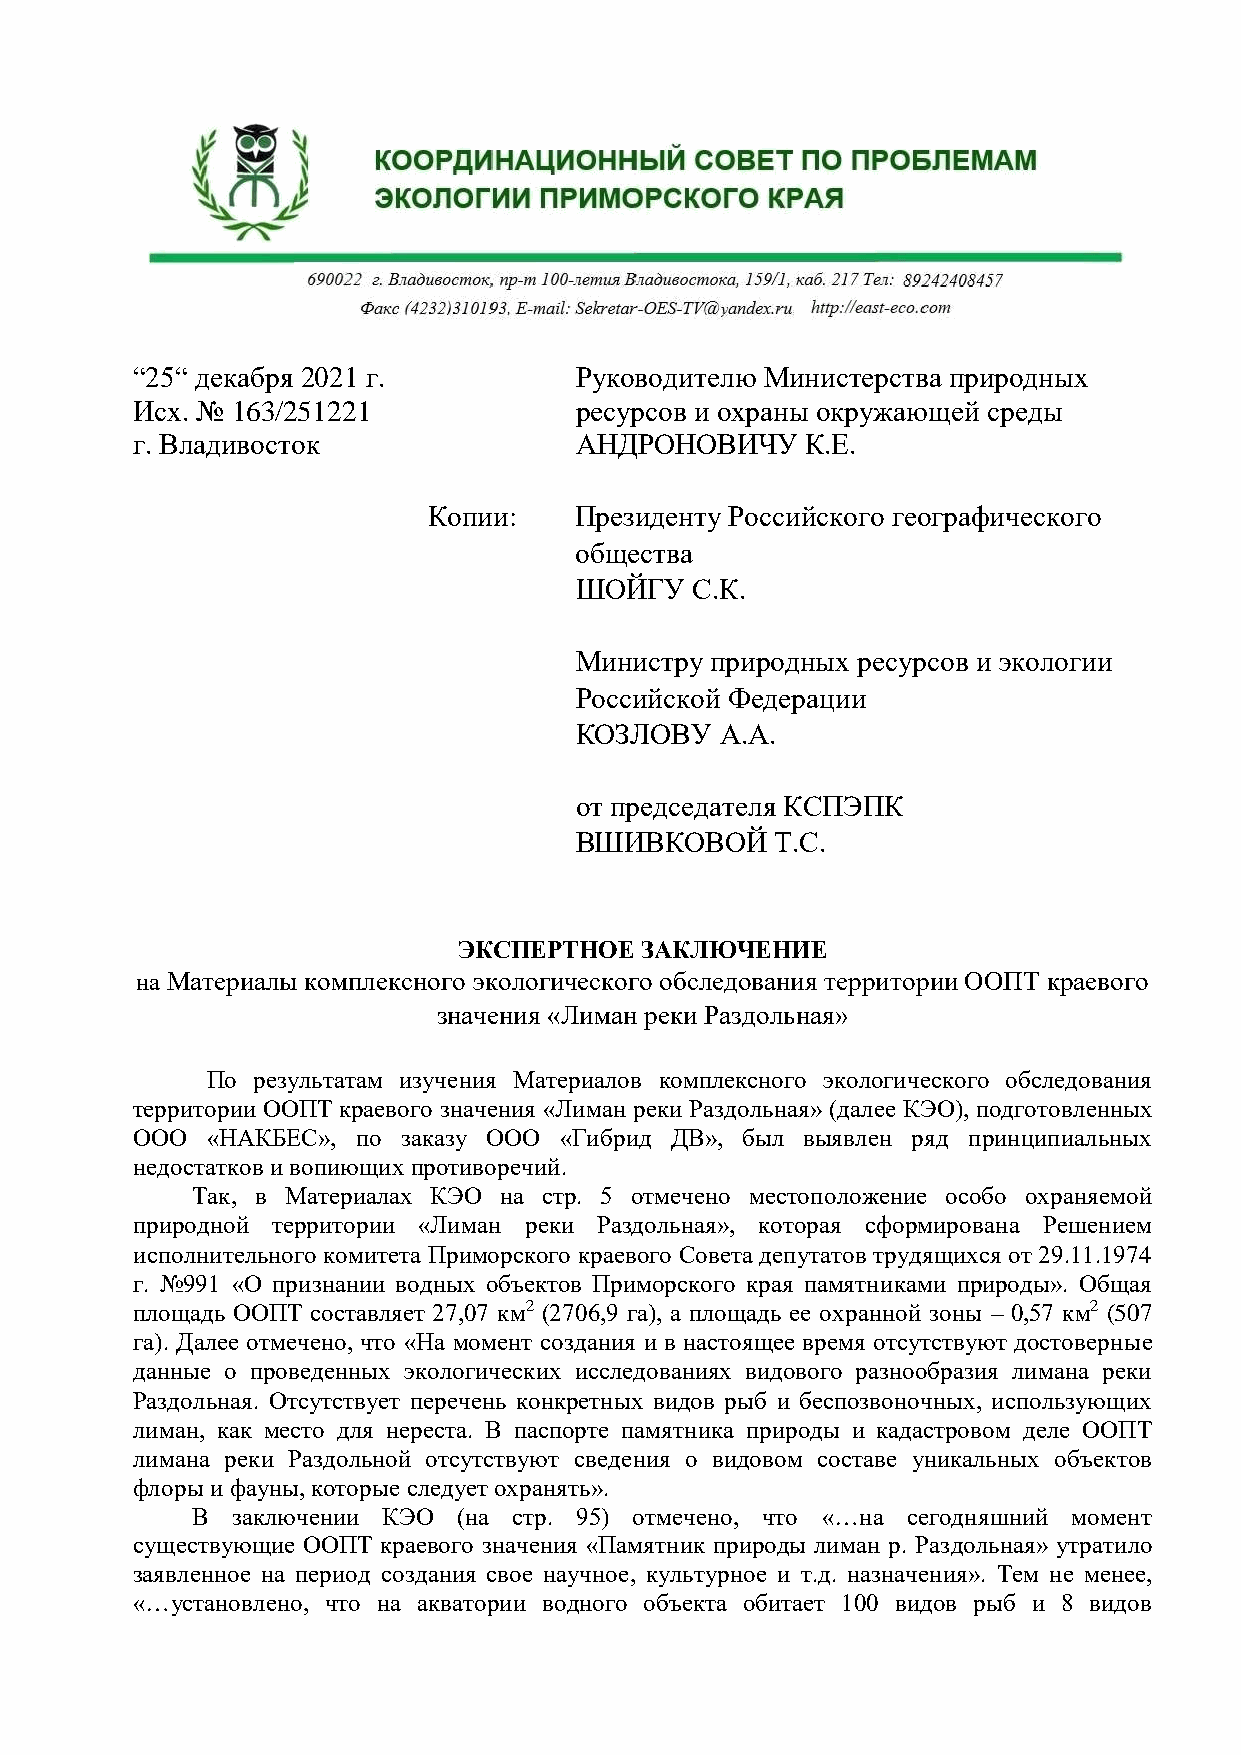
“25“ декабря 2021 г.         Руководителю Министерства природных
 Исх. № 163/251221            ресурсов и охраны окружающей среды
 г. Владивосток               АНДРОНОВИЧУ    К.Е.
 Копии:    Президенту Российского географического
 общества
 ШОЙГУ   С.К.
 Министру природных ресурсов и экологии
 Российской Федерации
 КОЗЛОВУ   А.А.
 от председателя КСПЭПК
 ВШИВКОВОЙ    Т.С.
 ЭКСПЕРТНОЕ  ЗАКЛЮЧЕНИЕ
 на Материалы комплексного экологического обследования территории ООПТ краевого
 значения «Лиман реки Раздольная»
 По результатам изучения Материалов комплексного экологического обследования
 территории ООПТ краевого значения «Лиман реки Раздольная» (далее КЭО), подготовленных
 ООО  «НАКБЕС», по заказу ООО «Гибрид ДВ», был выявлен ряд принципиальных
 недостатков и вопиющих противоречий.
 Так, в Материалах КЭО на стр. 5 отмечено местоположение особо охраняемой
 природной территории «Лиман реки Раздольная», которая сформирована Решением
 исполнительного комитета Приморского краевого Совета депутатов трудящихся от 29.11.1974
 г. №991 «О признании водных объектов Приморского края памятниками природы». Общая
 площадь ООПТ составляет 27,07 км2 (2706,9 га), а площадь ее охранной зоны – 0,57 км2 (507
 га). Далее отмечено, что «На момент создания и в настоящее время отсутствуют достоверные
 данные о проведенных экологических исследованиях видового разнообразия лимана реки
 Раздольная. Отсутствует перечень конкретных видов рыб и беспозвоночных, использующих
 лиман, как место для нереста. В паспорте памятника природы и кадастровом деле ООПТ
 лимана реки Раздольной отсутствуют сведения о видовом составе уникальных объектов
 флоры и фауны, которые следует охранять».
 В заключении КЭО (на стр. 95) отмечено, что «…на сегодняшний момент
 существующие ООПТ краевого значения «Памятник природы лиман р. Раздольная» утратило
 заявленное на период создания свое научное, культурное и т.д. назначения». Тем не менее,
 «…установлено, что на акватории водного объекта обитает 100 видов рыб и 8 видов